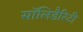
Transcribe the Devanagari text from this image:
सॉलिडैरिटी